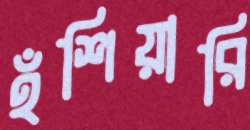
হঁশিয়ারি